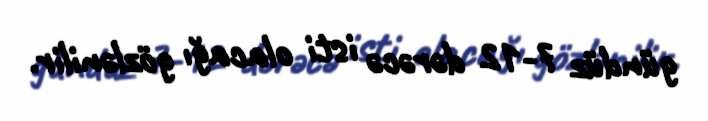
gündüz 7-12 dərəcə isti olacağı gözlənilir.